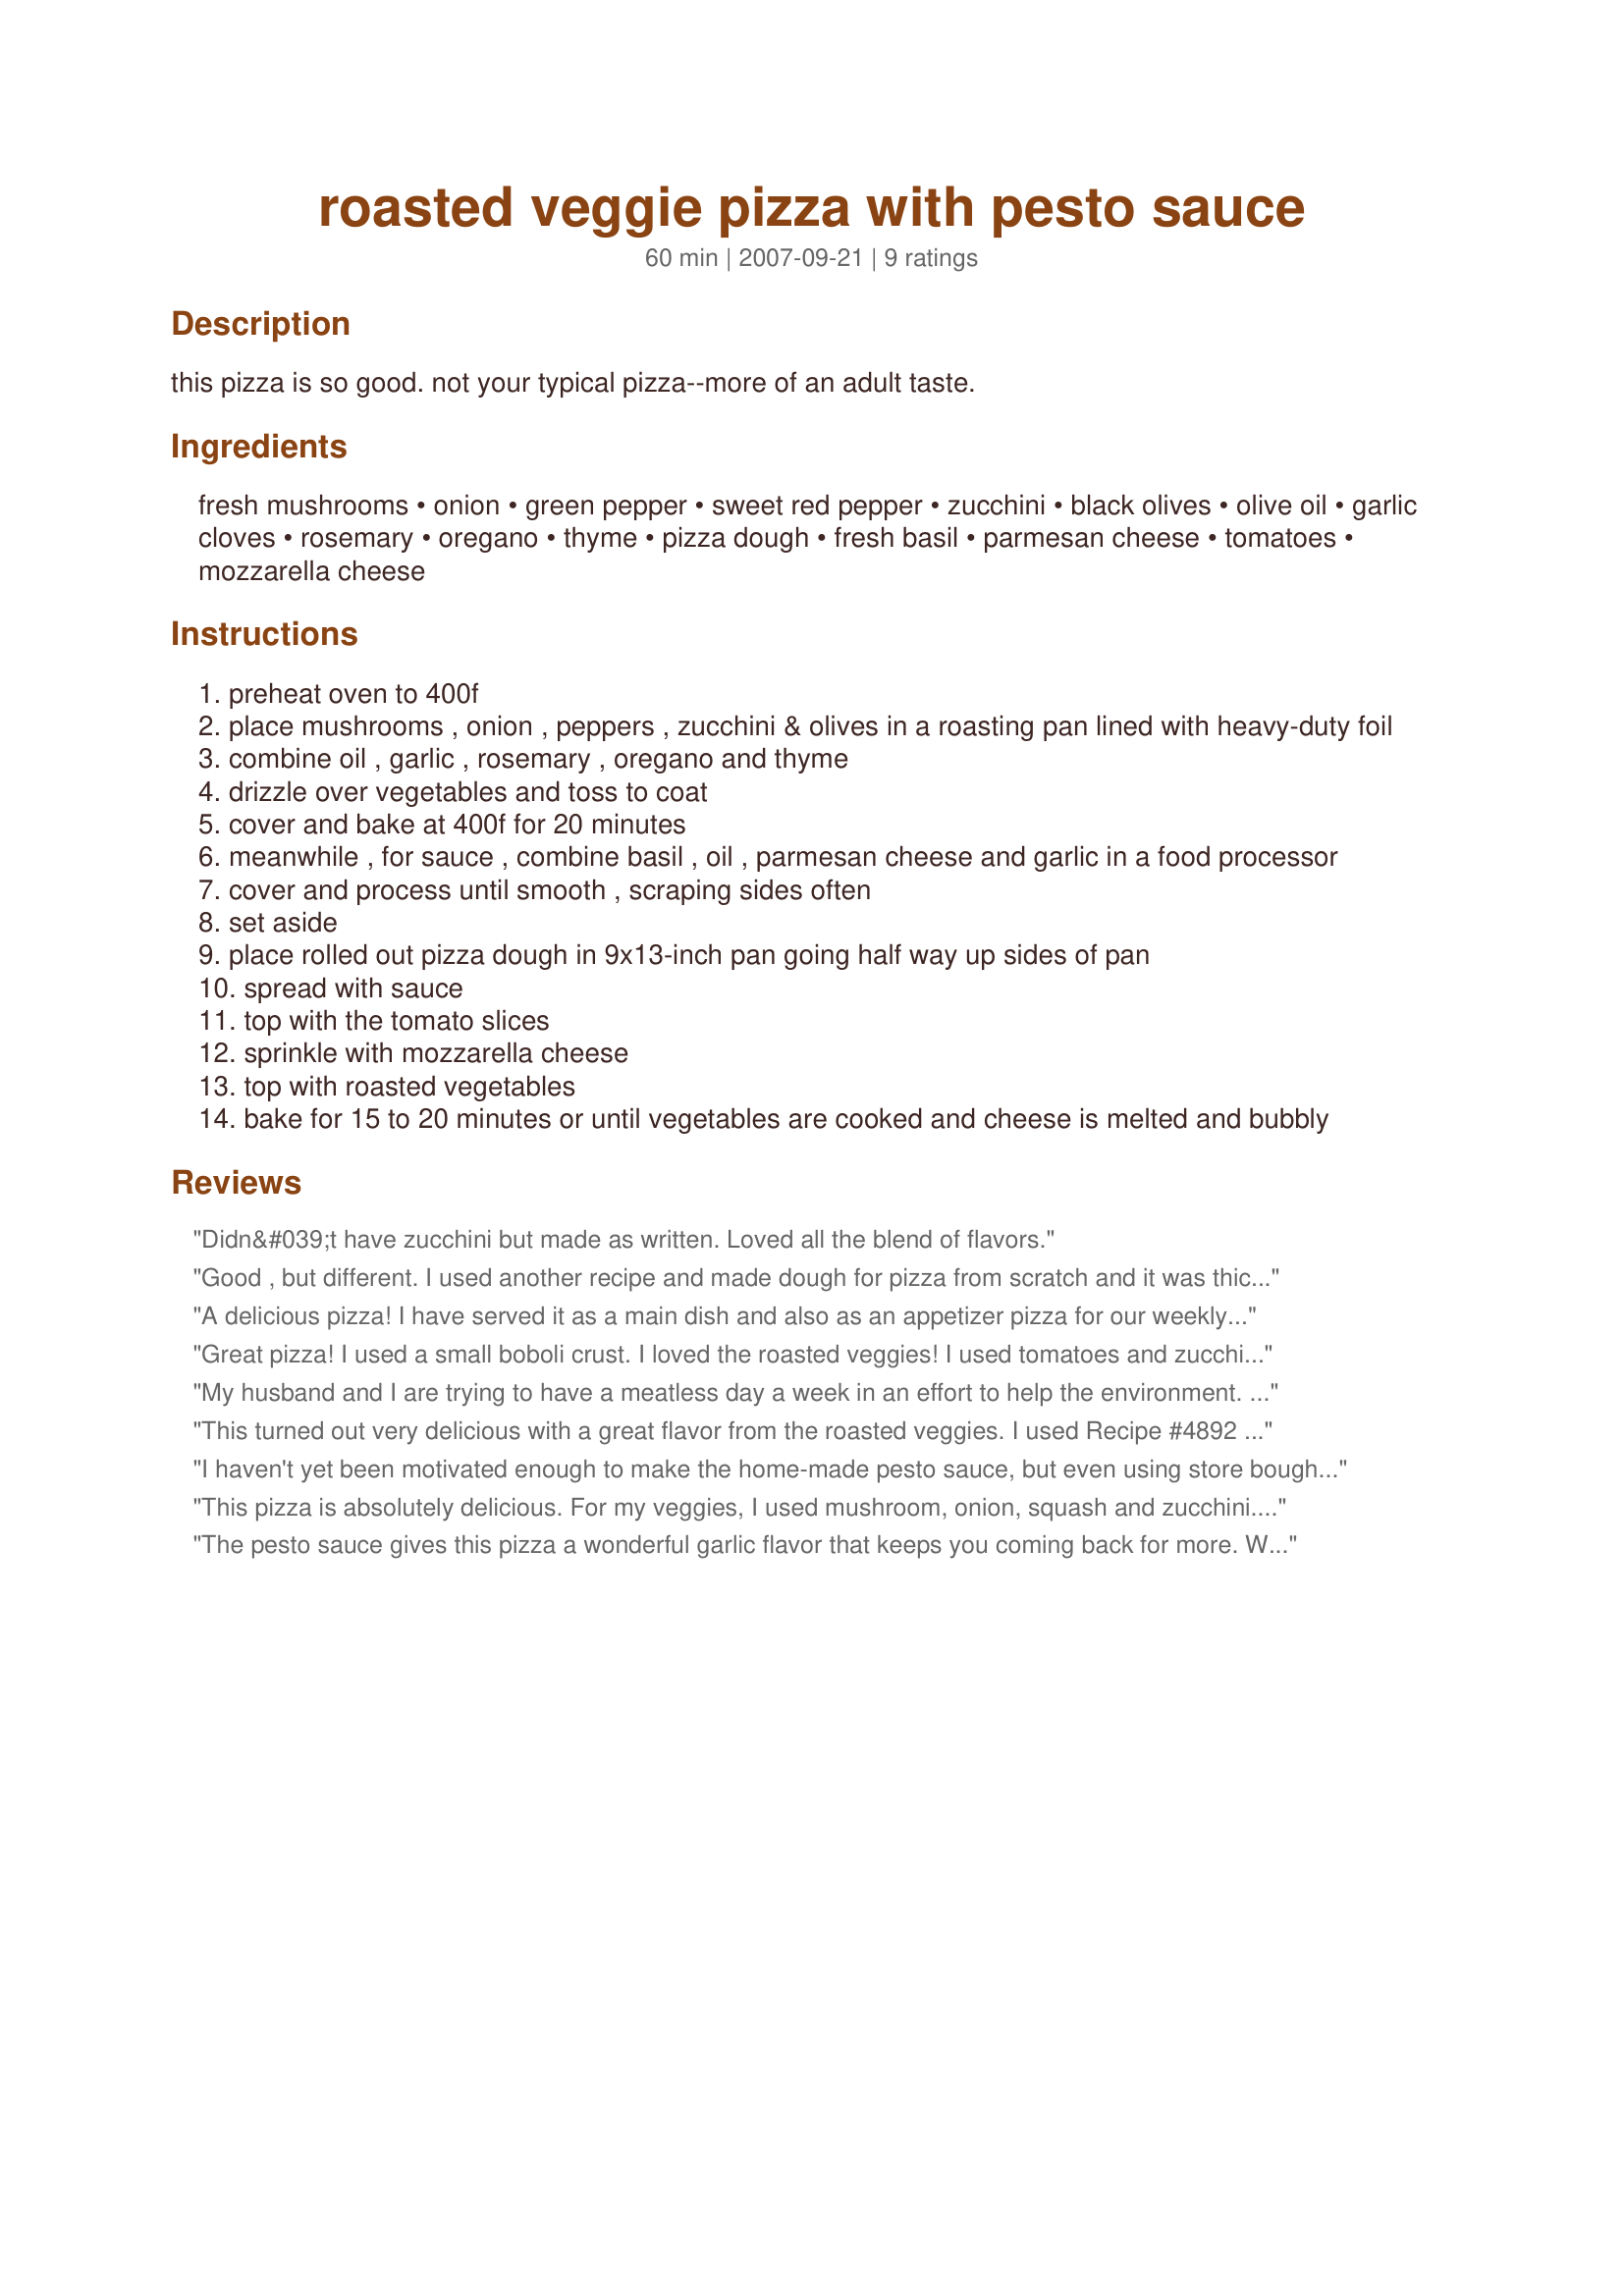
roasted veggie pizza with pesto sauce
Preparation time: 60 minutes

this pizza is so good. not your typical pizza--more of an adult taste.

Ingredients:
fresh mushrooms, onion, green pepper, sweet red pepper, zucchini, black olives, olive oil, garlic cloves, rosemary, oregano, thyme, pizza dough, fresh basil, parmesan cheese, tomatoes, mozzarella cheese

Steps:
preheat oven to 400f
place mushrooms , onion , peppers , zucchini & olives in a roasting pan lined with heavy-duty foil
combine oil , garlic , rosemary , oregano and thyme
drizzle over vegetables and toss to coat
cover and bake at 400f for 20 minutes
meanwhile , for sauce , combine basil , oil , parmesan cheese and garlic in a food processor
cover and process until smooth , scraping sides often
set aside
place rolled out pizza dough in 9x13-inch pan going half way up sides of pan
spread with sauce
top with the tomato slices
sprinkle with mozzarella cheese
top with roasted vegetables
bake for 15 to 20 minutes or until vegetables are cooked and cheese is melted and bubbly

Reviews:
Didn&#039;t have zucchini but made as written. Loved all the blend of flavors.
Good , but different. I used another recipe and made dough for pizza from scratch and it was thick crusted. I could have used a pizza dough recipe from cook.
A delicious pizza! I have served it as a main dish and also as an appetizer pizza for our weekly football game get-togethers with our neighbors - just cut it into small appetizer-size square pieces. I have the recipe from an issue of Taste of Home. Thanks for posting!
Great pizza! I used a small boboli crust. I loved the roasted veggies! I used tomatoes and zucchini from the garden. Thanks Claudia!
My husband and I are trying to have a meatless day a week in an effort to help the environment. Found this recipe, tried it and it is amazing!!! So much so that I shared it with friends and they all LOVE it as much as we do!!! The only difference is that I bought the pesto to save time and made a whole wheat Pizza crust. Thanks for sharing, we will be using this recipe often.
This turned out very delicious with a great flavor from the roasted veggies. I used Recipe #4892 (didn't let it rise again after shaping in pan). I added another layer of cheese at the end, because my veggies looked a bit precarious perched on top, and I liked the "finished" look it gave. I used a pesto sauce I already had made (which had basil and cilantro) and it cut down on the prep. I did add about 2 tbs. of oil for my veggies. Thanks Claudia, for posting. I
Roxygirl
I haven't yet been motivated enough to make the home-made pesto sauce, but even using store bough this recipe is fabulous. Delicious pizza! Thank you!
This pizza is absolutely delicious. For my veggies, I used mushroom, onion, squash and zucchini. I have never been a huge fan of a lot of tomato sauce, so the use of pesto in this one was perfect. This is a variation I will use again and again. Thanks!
The pesto sauce gives this pizza a wonderful garlic flavor that keeps you coming back for more. What a nice change from the regular tomato sauce pizzas. I didn't have fresh basil and green pepper so I subbed 1 tbsp of dried basil and extra red pepper. I did double the olive oil in the vegetable seasoning so it would more easily poor over the veggies. I think next time I will just sprinkle on the herbs and oil separately over the veggies. I also forgot to cover the veggies when I baked them and they still tasted great! I can't wait to make this again. (GLUTEN FREE NOTE: For those of you who make gluten free pizza crusts, I recommend cooking your crust for 10 minutes before adding the toppings to get a crisper crust. It is also probably best to cook it in a heavy noon-stick pan rather than glass to keep the crust from getting soggy).
